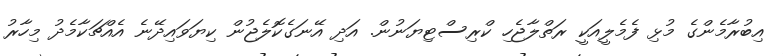
އިބުރާމެންގެ މުޅި ފެމެލީއަކީ ރަތްލާޖެހި ކްރިސްޓިޔަނުން. އަދި އޭނަގެކޮލެޖުން ކިޔަވައިދޭނެ އެއްޗަކާމެދު މިހާރު